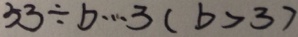
5 3 \div b \cdots 3 ( b > 3 )